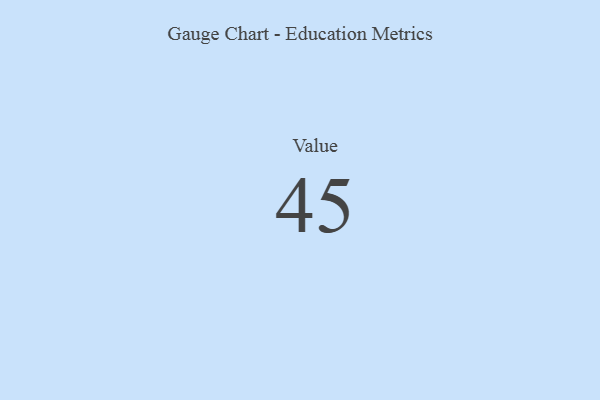
{"axis": {"x": "Metric", "y": "Value"}, "legend": [""], "data": [{"x": "Value", "y": 45, "type": ""}]}